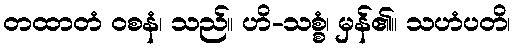
တထာတံ ဝစနံ၊ သည်။ ဟိ-သစ္စံ၊ မှန်၏။ သဟံပတိ၊